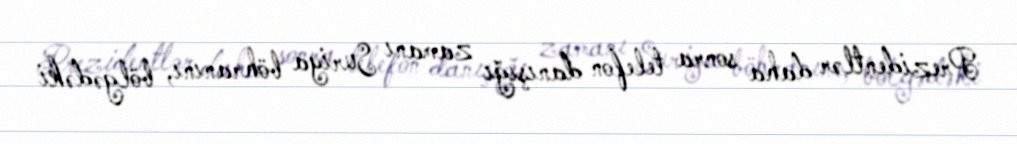
Prezidentlər daha sonra telefon danışığı zamanı Suriya böhranını, bölgədəki